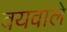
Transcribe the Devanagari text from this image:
वयवाले